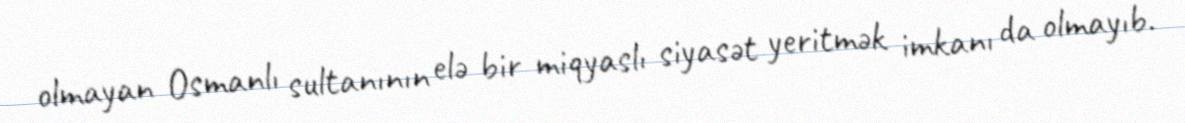
olmayan Osmanlı sultanının elə bir miqyaslı siyasət yeritmək imkanı da olmayıb.